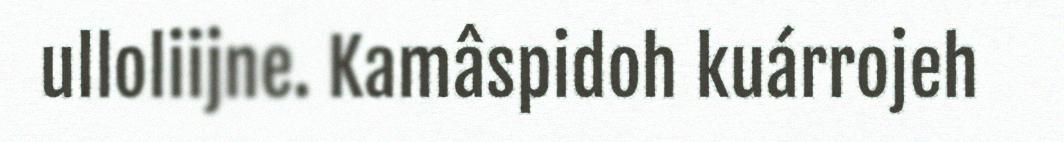
ulloliijne. Kamâspidoh kuárrojeh